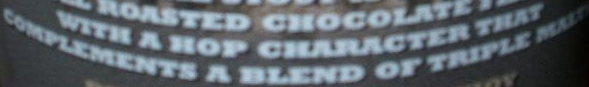
COMPLEMENTS A BLEND or TRIPLE